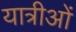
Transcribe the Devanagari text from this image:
यात्रीओं